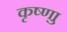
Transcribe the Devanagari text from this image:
कृष्णाु